Report of the Municipal Commissioner on the plague in Bombay for the year ending 31st May... - Volume 3
Disease focus: Plague
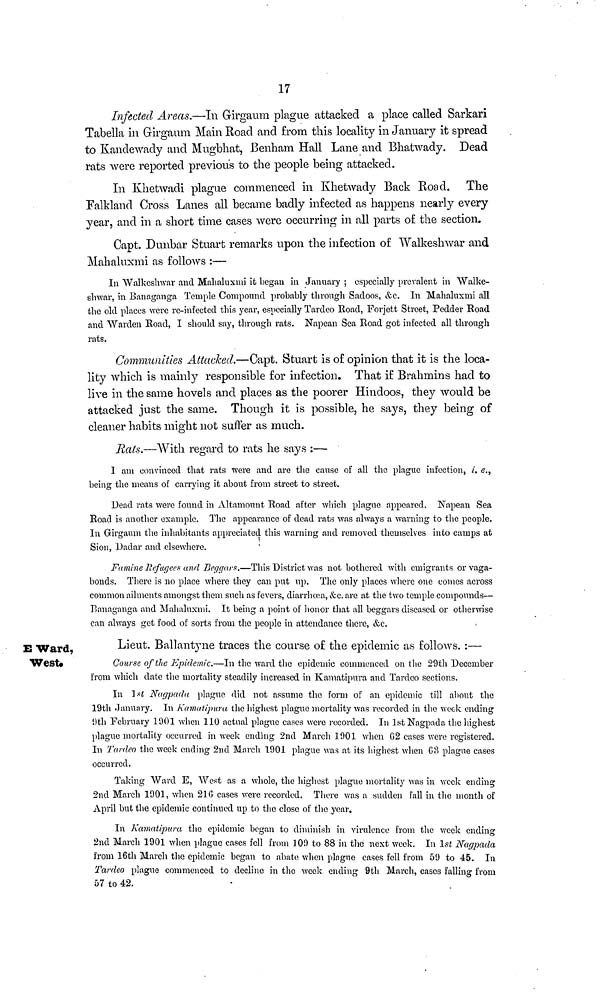
17
Infected Areas.—In Girgaum plague attacked a place called Sarkari
Tabella in Girgaum Main Road and from this locality in January it spread
to Kandewady and Mugbhat, Benham Hall Lane and Bhatwady. Dead
rats were reported previous to the people being attacked.
In Khetwadi plague commenced in Khetwady Back Road. The
Falkland Cross Lanes all became badly infected as happens nearly every
year, and in a short time cases were occurring in all parts of the section.
Capt. Dunbar Stuart remarks upon the infection of Walkeshwar and
Mahaluxmi as follows :—
In Walkeshwar and Mahaluxmi it began in January ; especially prevalent in Walke-
shwar, in Banaganga Temple Compound probably through Sadoos, &c. In Mahaluxmi all
the old places were re-infected this year, especially Tardeo Road, Forjett Street, Pedder Road
and Warden Road, I should say, through rats. Napean Sea Road got infected all through
rats.
Communities Attacked.—Capt. Stuart is of opinion that it is the loca-
lity which is mainly responsible for infection. That if Brahmins had to
live in the same hovels and places as the poorer Hindoos, they would be
attacked just the same. Though it is possible, he says, they being of
cleaner habits might not suffer as much.
Rats.—With regard to rats he says :—
I am convinced that rats Were and are the cause of all the plague infection, i.e.,
being the means of carrying it about from street to street.
Dead rats were found in Altamount Road after which plague appeared, Napean Sea
Road is another example. The appearance of dead rats was always a warning to the people.
In Girgaum the inhabitants appreciated this warning and removed themselves into camps at
Sion, Dadar and elsewhere.
Famine Refugees and Beggars.—This District was not bothered with emigrants or vaga-
bonds. There is no place where they can put up. The only places where one comes across
common ailments amongst them such as fevers, diarrhoea, &c. are at the two temple compounds—
Banaganga and Mahaluxmi. It being a point of honor that all beggars diseased or otherwise
can always get food of sorts from the people in attendance there, &c.
E Ward,
West«
Lieut. Ballantyne traces the course of the epidemic as follows. :—
Course of the Epidemic.—In the ward the epidemic commenced on the 29th December
from which date the mortality steadily increased in Kamatipura and Tardeo sections.
In 1st Nagpada plague did not assume the form of an epidemic till about the
19th January. In Kamatipura the highest plague mortality was recorded in the week ending
9th February 1901 when 110 actual plague cases were recorded. In 1st Nagpada the highest
plague mortality occurred in week ending 2nd March 1901 when G2 cases were registered.
In Tardeo the week ending 2nd March 1901 plague was at its highest when G?> plague cases
occurred.
Taking Ward E, West as a whole, the highest plague mortality was in week ending
2nd March 1901, when 216 cases were recorded. There was a sudden fall in the month of
April but the epidemic continued up to the close of the year.
In Kamatipura the epidemic began to diminish in virulence from the week ending
2nd March 1901 when plague cases fell from 109 to 88 in the next week. In 1st Nagpada
from 16th March the epidemic began to abate when plague cases fell from 59 to 45. In
Tardeo plague commenced to decline in the week ending 9th March, cases falling from
57 to 42.